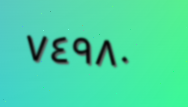
٧٤٩٨٠